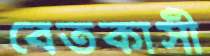
বেতকাসী